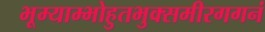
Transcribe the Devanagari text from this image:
भूम्याम्भोहुतभुक्समीरगगनं